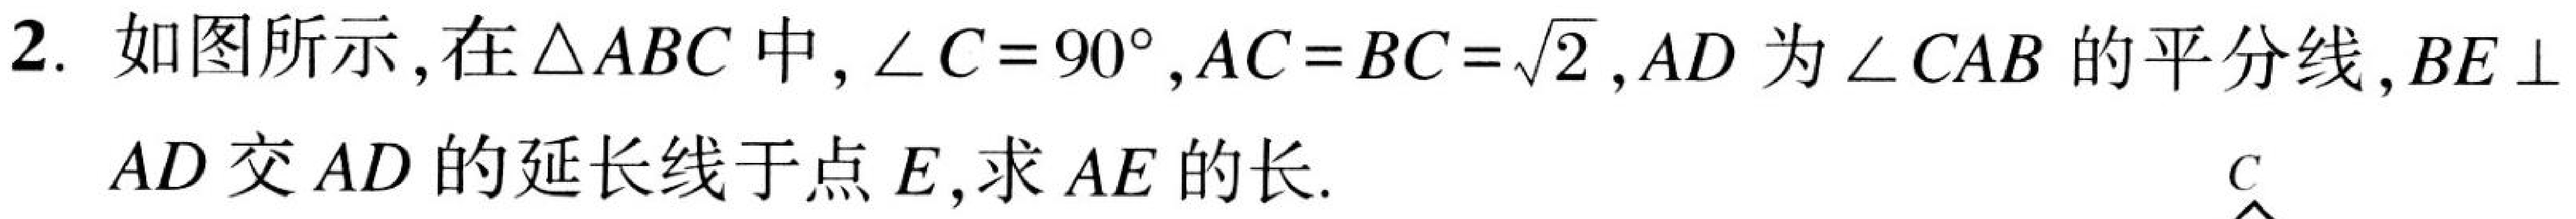
2. 如图所示，在\(\triangle ABC\)中，\(\angle C = 90^{\circ}\)，\(AC = BC=\sqrt{2}\)，\(AD\)为\(\angle CAB\)的平分线，\(BE\perp\)
\(AD\)交\(AD\)的延长线于点\(E\)，求\(AE\)的长.